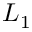
L _ { 1 }